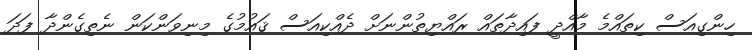
ހިންގިއަސް ކިތައްމެ މާއްދީ ފައިދާތައް ރައްޔިތުންނަށް ދެއްކިއަސް ޤައުމުގެ މިނިވަންކަން ނެތިގެންދާ ފަދަ